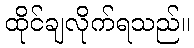
ထိုင်ချလိုက်ရသည်။